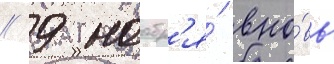
// 9 ноабр'я́ вно́вь